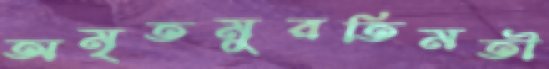
অমৃতমুরতিমতী